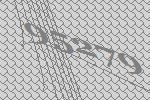
95279